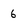
Character: 6